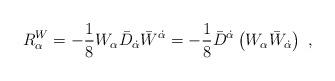
LaTeX: \begin{align*}R_\alpha^{W}= -\frac{1}{8}W_\alpha {\bar D}_{\dot{\alpha}}{\bar W}^{\dot{\alpha}}= -\frac{1}{8} {\bar D}^{\dot{\alpha}} \left( W_\alpha {\bar W}_{\dot{\alpha}}\right)\ ,\end{align*}